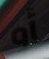
أو